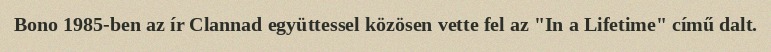
Bono 1985-ben az ír Clannad együttessel közösen vette fel az "In a Lifetime" című dalt.